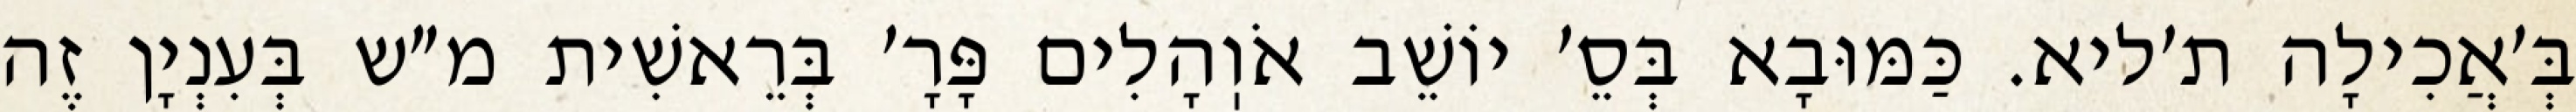
בְּ׳אֲכִילָה ת׳ליא. כַּמּוּבָא בְּסֵ׳ יוֹשֵׁב אֹוֽהָלִים פָּרָ׳ בְּרֵאשִׁית מ״ש בְּעִנְיָן זֶה